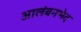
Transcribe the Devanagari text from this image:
आलंबनभेद